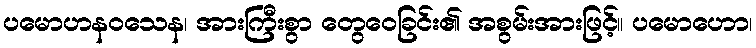
ပမောဟနဝသေန၊ အားကြီးစွာ တွေဝေခြင်း၏ အစွမ်းအားဖြင့်။ ပမောဟော၊